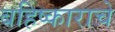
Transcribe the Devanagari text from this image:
बहिष्काराचे